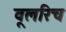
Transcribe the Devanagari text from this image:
वूलरिच